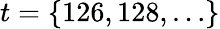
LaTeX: t=\left\{ 126,128,\dots\right\}